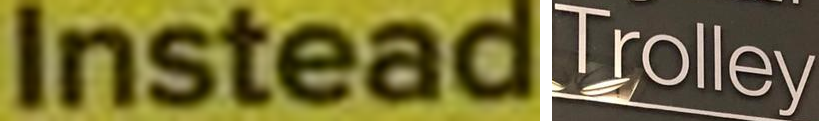
Instead Trolley